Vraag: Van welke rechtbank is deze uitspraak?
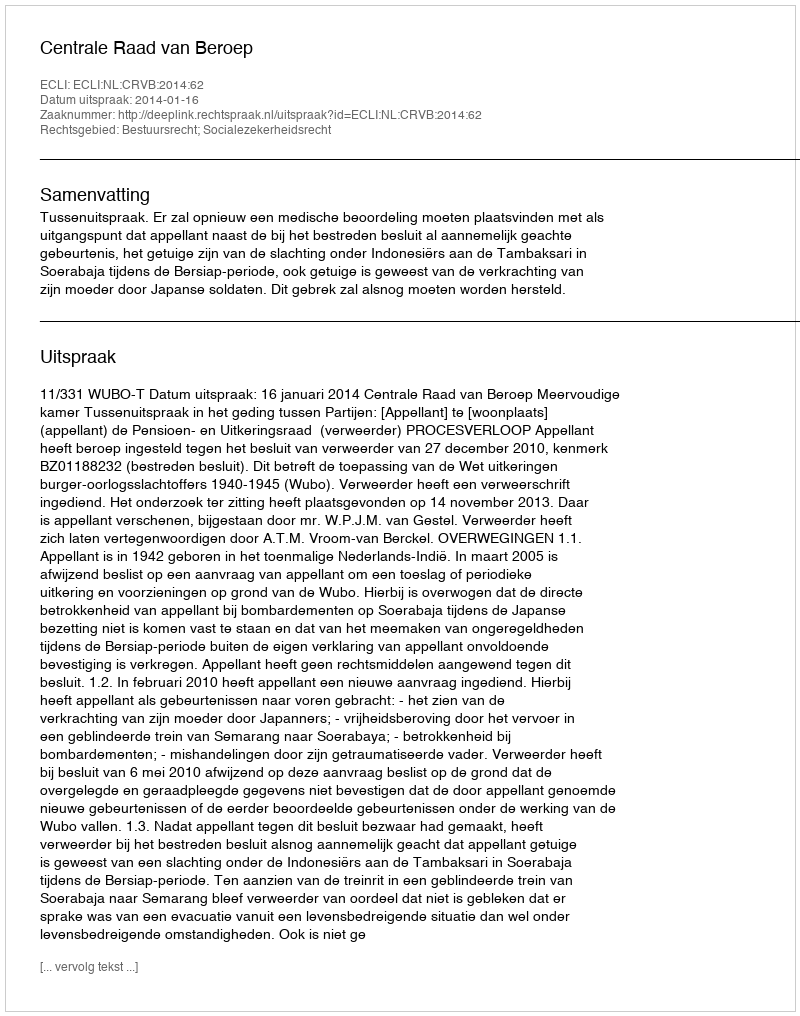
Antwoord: Centrale Raad van Beroep